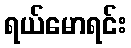
ရယ်မောရင်း